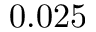
0 . 0 2 5